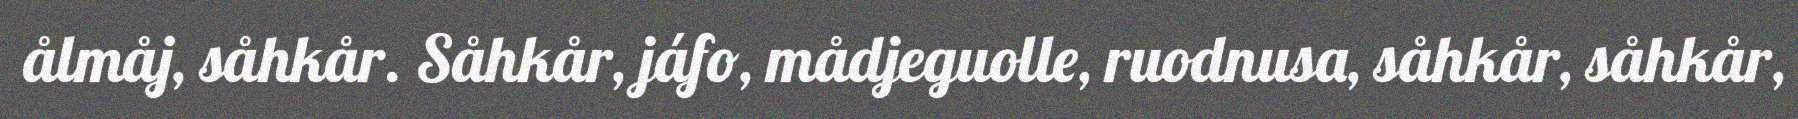
ålmåj, såhkår. Såhkår, jáfo, mådjeguolle, ruodnusa, såhkår, såhkår,